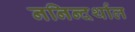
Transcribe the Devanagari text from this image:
ननिन्दर्थाल